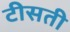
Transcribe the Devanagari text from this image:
टीसती